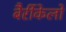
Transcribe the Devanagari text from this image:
बैर्रीकेलो